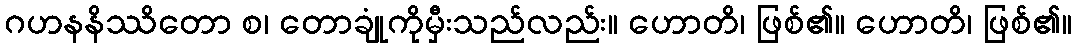
ဂဟနနိဿိတော စ၊ တောချုံကိုမှီးသည်လည်း။ ဟောတိ၊ ဖြစ်၏။ ဟောတိ၊ ဖြစ်၏။